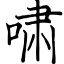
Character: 啸